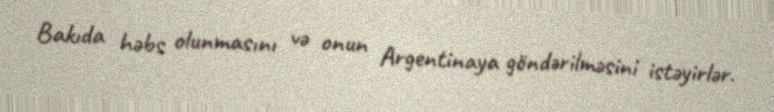
Bakıda həbs olunmasını və onun Argentinaya göndərilməsini istəyirlər.